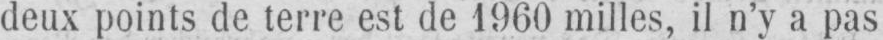
deux points de terre est de 1960 milles, il n’y a pas